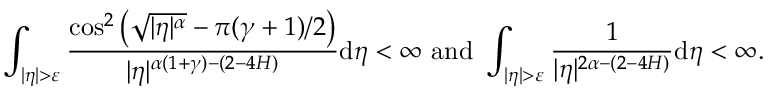
\int _ { | \eta | > \varepsilon } \frac { \cos ^ { 2 } \left( \sqrt { | \eta | ^ { \alpha } } - \pi ( \gamma + 1 ) / 2 \right) } { | \eta | ^ { \alpha ( 1 + \gamma ) - ( 2 - 4 H ) } } \ensuremath { \mathrm { d } } \eta < \infty \mathrm { ~ a n d ~ } \int _ { | \eta | > \varepsilon } \frac { 1 } { | \eta | ^ { 2 \alpha - ( 2 - 4 H ) } } \ensuremath { \mathrm { d } } \eta < \infty .